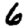
Digit: 6